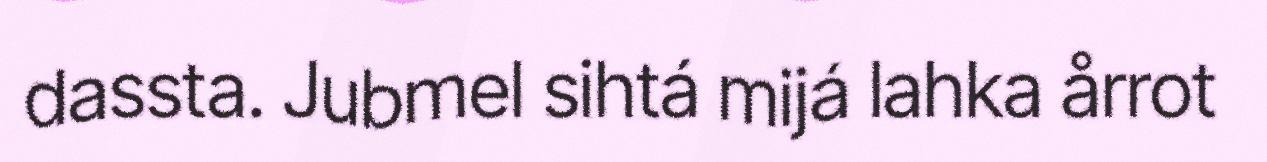
dassta. Jubmel sihtá mijá lahka årrot